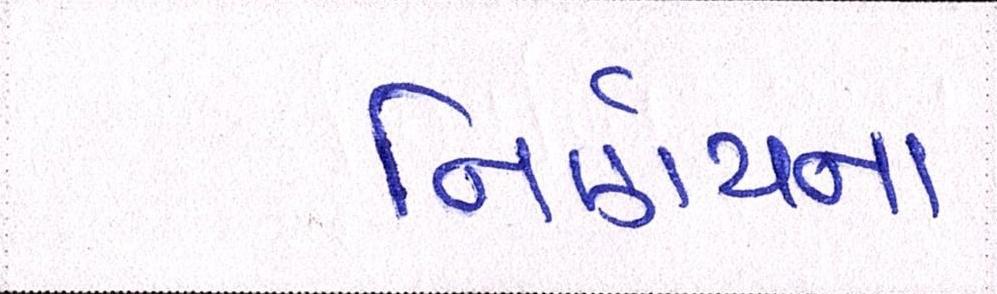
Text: નિર્ણયના